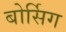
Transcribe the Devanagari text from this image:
बोर्सिग